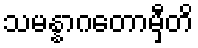
သမန္နာဂတောမှီတိ